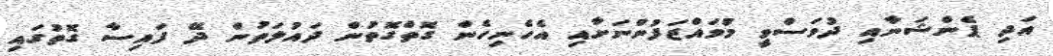
އަދި ޕެންޝަނާއި ދުވަސްވީ މުވައްޒަފުންނަށާއި އެހެނިހެން ގޮތްގޮތުން ދައުލަތުން ދޭ ފައިސާ ގޮތުގައި